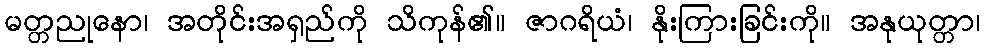
မတ္တညုနော၊ အတိုင်းအရှည်ကို သိကုန်၏။ ဇာဂရိယံ၊ နိုးကြားခြင်းကို။ အနုယုတ္တာ၊